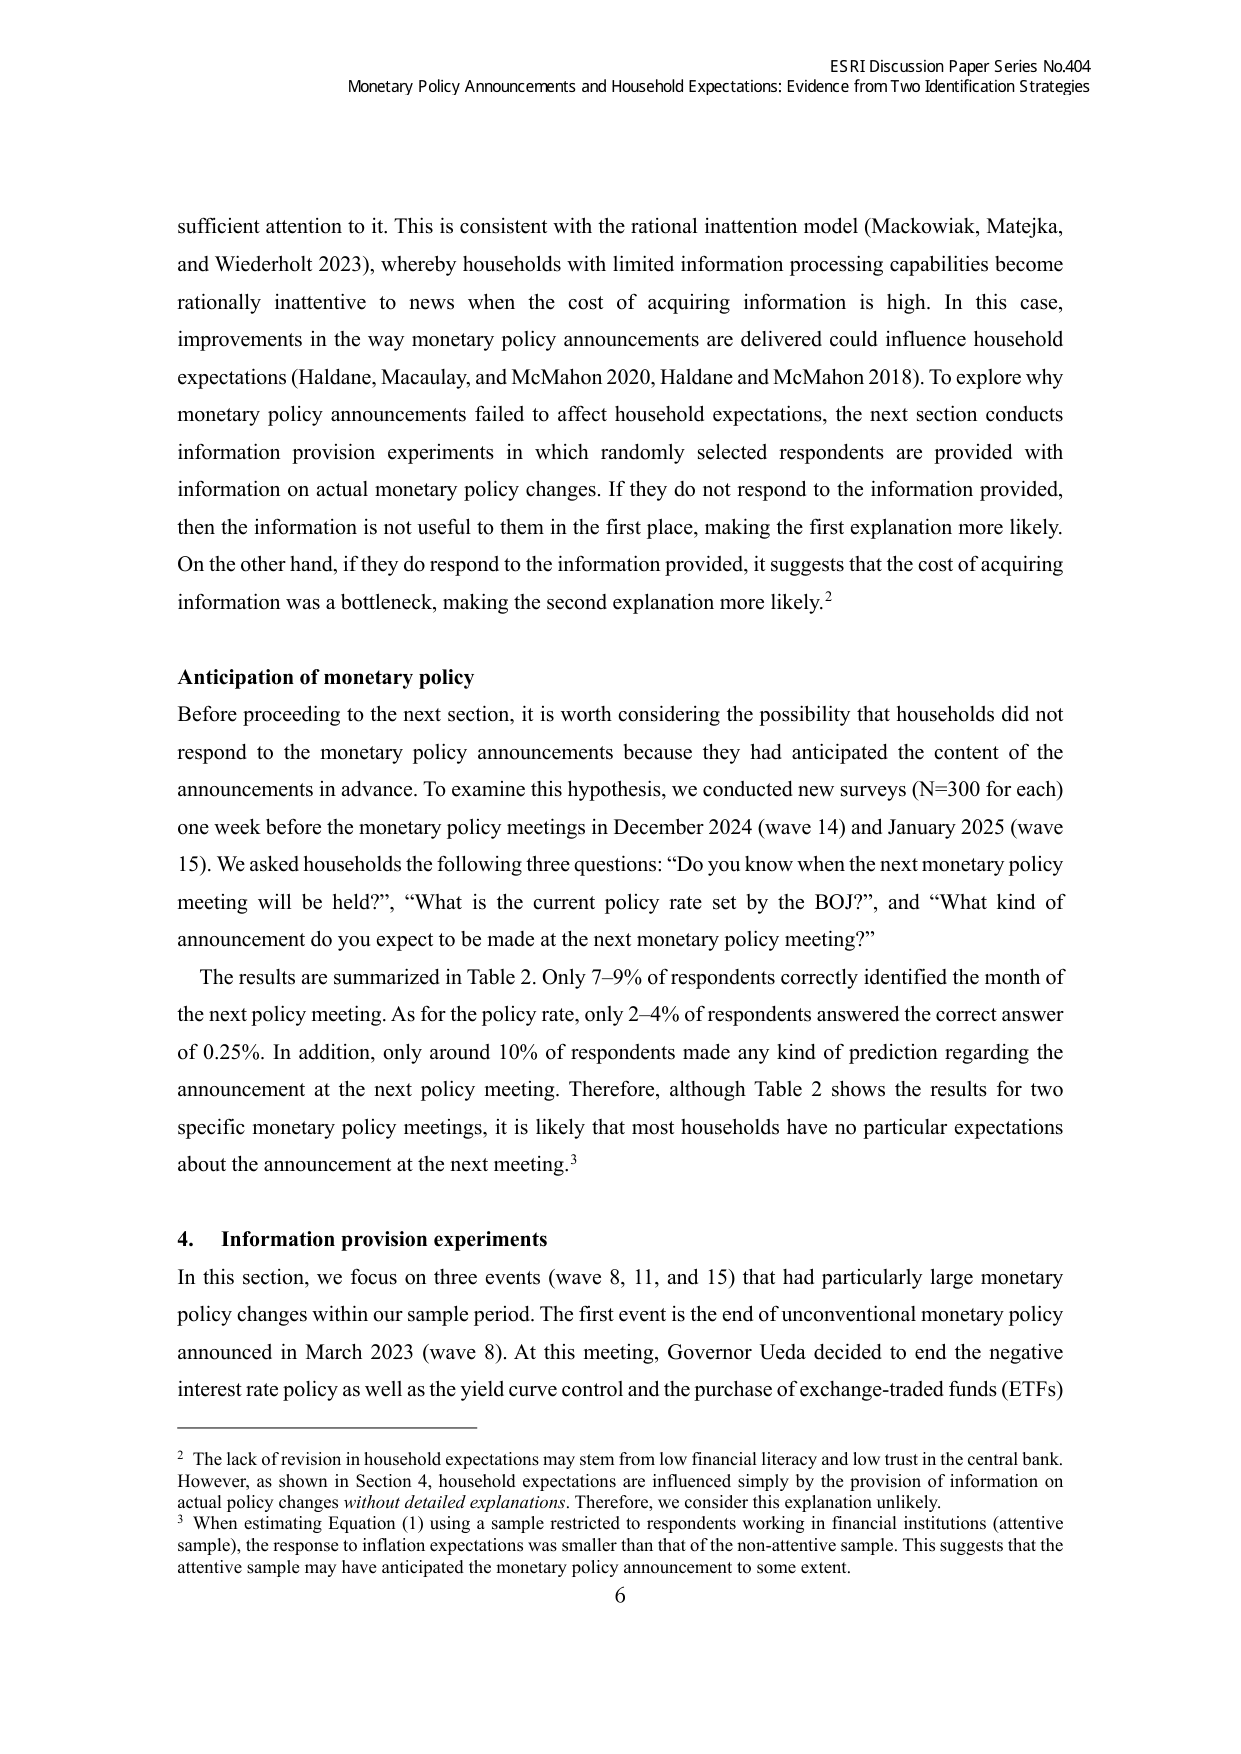
ESRI Discussion Paper Series No.404
Monetary Policy Announcements and Household Expectations: Evidence from Two Identification Strategies

sufficient attention to it. This is consistent with the rational inattention model (Mackowiak, Matejka, and Wiederholt 2023), whereby households with limited information processing capabilities become rationally inattentive to news when the cost of acquiring information is high. In this case, improvements in the way monetary policy announcements are delivered could influence household expectations (Haldane, Macaulay, and McMahon 2020, Haldane and McMahon 2018). To explore why monetary policy announcements failed to affect household expectations, the next section conducts information provision experiments in which randomly selected respondents are provided with information on actual monetary policy changes. If they do not respond to the information provided, then the information is not useful to them in the first place, making the first explanation more likely. On the other hand, if they do respond to the information provided, it suggests that the cost of acquiring information was a bottleneck, making the second explanation more likely.²

Anticipation of monetary policy
Before proceeding to the next section, it is worth considering the possibility that households did not respond to the monetary policy announcements because they had anticipated the content of the announcements in advance. To examine this hypothesis, we conducted new surveys (N=300 for each) one week before the monetary policy meetings in December 2024 (wave 14) and January 2025 (wave 15). We asked households the following three questions: “Do you know when the next monetary policy meeting will be held?”, “What is the current policy rate set by the BOJ?”, and “What kind of announcement do you expect to be made at the next monetary policy meeting?”

The results are summarized in Table 2. Only 7–9% of respondents correctly identified the month of the next policy meeting. As for the policy rate, only 2–4% of respondents answered the correct answer of 0.25%. In addition, only around 10% of respondents made any kind of prediction regarding the announcement at the next policy meeting. Therefore, although Table 2 shows the results for two specific monetary policy meetings, it is likely that most households have no particular expectations about the announcement at the next meeting.³

4. Information provision experiments
In this section, we focus on three events (wave 8, 11, and 15) that had particularly large monetary policy changes within our sample period. The first event is the end of unconventional monetary policy announced in March 2023 (wave 8). At this meeting, Governor Ueda decided to end the negative interest rate policy as well as the yield curve control and the purchase of exchange-traded funds (ETFs)

² The lack of revision in household expectations may stem from low financial literacy and low trust in the central bank. However, as shown in Section 4, household expectations are influenced simply by the provision of information on actual policy changes without detailed explanations. Therefore, we consider this explanation unlikely.
³ When estimating Equation (1) using a sample restricted to respondents working in financial institutions (attentive sample), the response to inflation expectations was smaller than that of the non-attentive sample. This suggests that the attentive sample may have anticipated the monetary policy announcement to some extent.

6